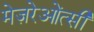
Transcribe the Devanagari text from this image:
मेज़रेओंत्सी